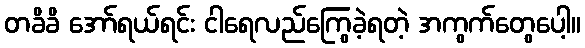
တခိခိ အော်ရယ်ရင်း ငါရေလည်ကြွေခဲ့ရတဲ့ အကွက်တွေပေါ့။